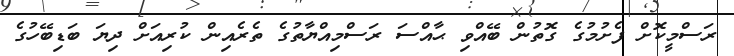
ރަސްމީކޮށް ފެށުމުގެ ގޮތުން ބޭއްވި ޙާއްސަ ރަސްމިއްޔާތުގެ ތެރެއިން ކުރިއަށް ދިޔަ ބަޑިބޭހުގެ